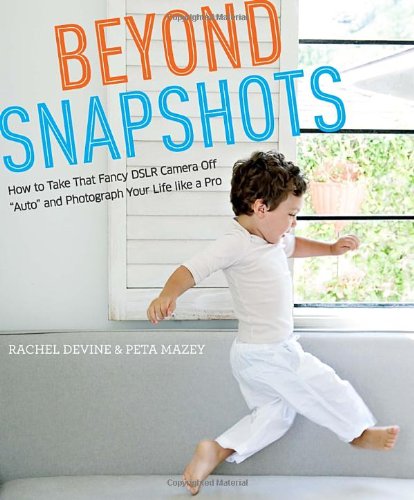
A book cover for Beyond Snapshots: How to Take That Fancy DSLR Camera Off "Auto" and Photograph Your Life like a Pro; Rachel Devine; Arts & Photography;